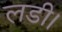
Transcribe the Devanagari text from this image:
लडी।